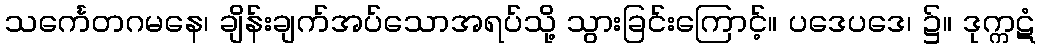
သင်္ကေတဂမနေ၊ ချိန်းချက်အပ်သောအရပ်သို့ သွားခြင်းကြောင့်။ ပဒေပဒေ၊ ၌။ ဒုက္ကဋံ